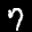
Label: 7